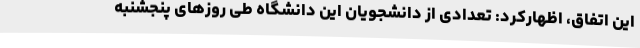
این اتفاق، اظهارکرد: تعدادی از دانشجویان این دانشگاه طی روزهای پنجشنبه